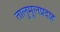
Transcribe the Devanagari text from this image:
तालुमूलप्रदाह